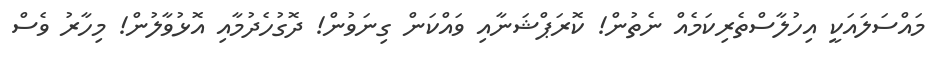
މައްސަލައަކީ އިހުލާސްތެރިކަމެއް ނެތުން! ކޮރަޕްޝަނާއި ވައްކަން ގިނަވުން! ދޮގުހެދުމާއި އޮޅުވާލުން! މިހާރު ވެސް